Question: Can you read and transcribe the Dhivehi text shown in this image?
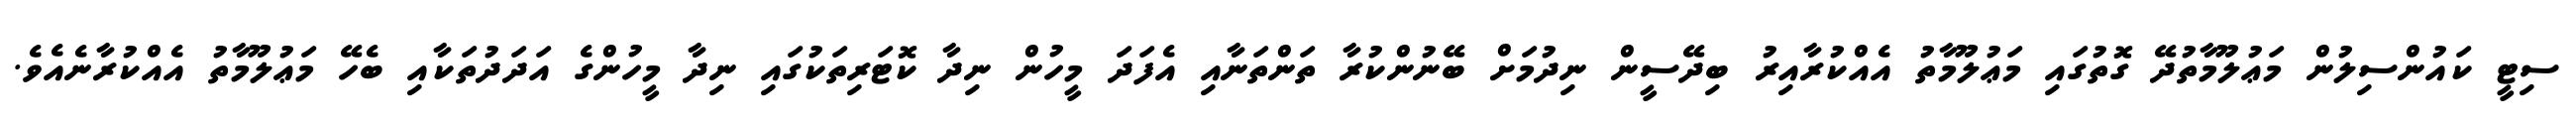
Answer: ސިޓީ ކައުންސިލުން މަޢުލޫމާތުދޭ ގޮތުގައި މަޢުލޫމާތު އެއްކުރާއިރު ބިދޭސީން ނިދުމަށް ބޭނުންކުރާ ތަންތަނާއި އެފަދަ މީހުން ނިދާ ކޮޓަރިތަކުގައި ނިދާ މީހުންގެ އަދަދުތަކާއި ބެހޭ މަޢުލޫމާތު އެއްކުރާނެއެވެ.